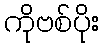
ကိုဗစ်ပိုး